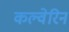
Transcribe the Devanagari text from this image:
कल्वेरिन